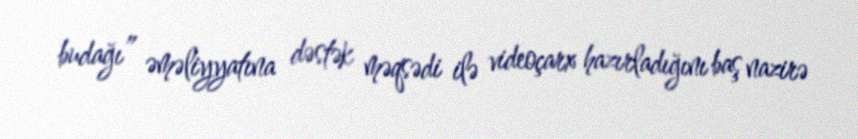
budağı” əməliyyatına dəstək məqsədi ilə videoçarx hazırladığını baş nazirə